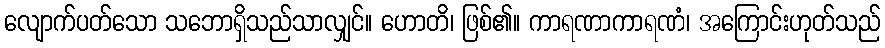
လျောက်ပတ်သော သဘောရှိသည်သာလျှင်။ ဟောတိ၊ ဖြစ်၏။ ကာရဏာကာရဏံ၊ အကြောင်းဟုတ်သည်